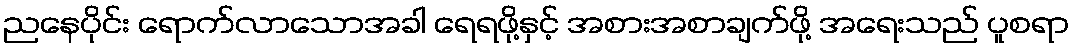
ညနေပိုင်း ရောက်လာသောအခါ ရေရဖို့နှင့် အစားအစာချက်ဖို့ အရေးသည် ပူစရာ